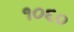
૧૦૬૦